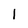
Character: I